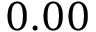
0 . 0 0